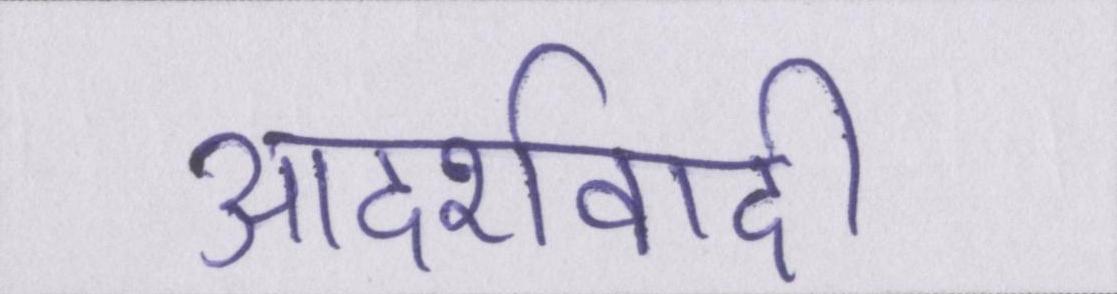
आदर्शवादी